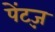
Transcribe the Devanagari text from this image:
पेंट्ज़